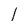
Character: l